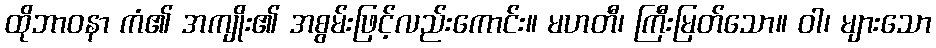
ထိုဘာဝနာ ကံ၏ အကျိုး၏ အစွမ်းဖြင့်လည်းကောင်း။ မဟတီ၊ ကြီးမြတ်သော။ ဝါ၊ များသော